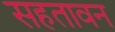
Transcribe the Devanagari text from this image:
सहतावन